Indian journal of veterinary science and animal husbandry - Volumes 18-21, 1948-1951
Year: 1948
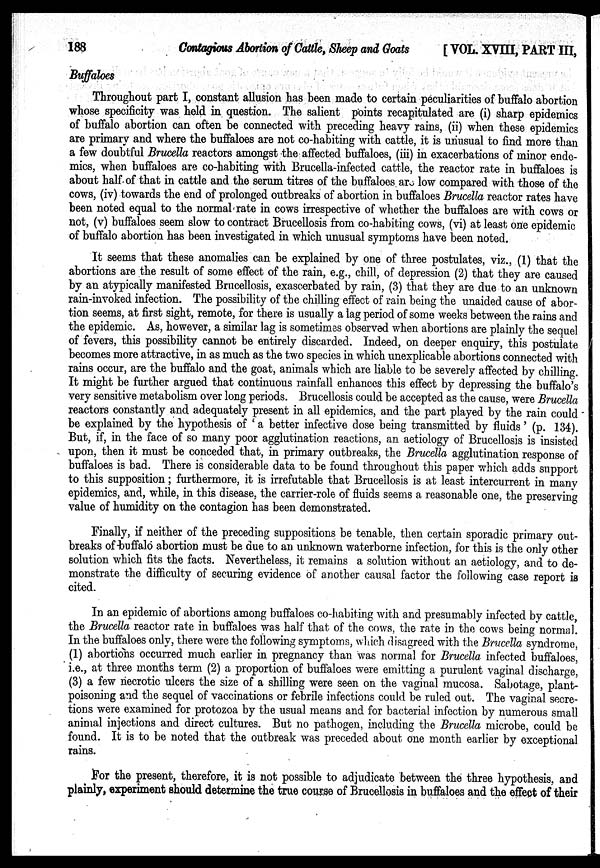
188
Contagious Abortion of Cattle, Sheep and Goats
[VOL. XVIII, PART III,
Buffaloes
Throughout part I, constant allusion has been made to certain peculiarities of buffalo abortion
whose specificity was held in question. The salient points recapitulated are (i) sharp epidemics
of buffalo abortion can often be connected with preceding heavy rains, (ii) when these epidemics
are primary and where the buffaloes are not co-habiting with cattle, it is unusual to find more than
a few doubtful Brucella reactors amongst the affected buffaloes, (iii) in exacerbations of minor ende-
mics, when buffaloes are co-habiting with Brucella-infected cattle, the reactor rate in buffaloes is
about half of that in cattle and the serum titres of the buffaloes are low compared with those of the
cows, (iv) towards the end of prolonged outbreaks of abortion in buffaloes Brucella reactor rates have
been noted equal to the normal rate in cows irrespective of whether the buffaloes are with cows or
not, (v) buffaloes seem slow to contract Brucellosis from co-habiting cows, (vi) at least one epidemic
of buffalo abortion has been investigated in which unusual symptoms have been noted.
It seems that these anomalies can be explained by one of three postulates, viz., (1) that the
abortions are the result of some effect of the rain, e.g., chill, of depression (2) that they are caused
by an atypically manifested Brucellosis, exascerbated by rain, (3) that they are due to an unknown
rain-invoked infection. The possibility of the chilling effect of rain being the unaided cause of abor-
tion seems, at first sight, remote, for there is usually a lag period of some weeks between the rains and
the epidemic. As, however, a similar lag is sometimes observed when abortions are plainly the sequel
of fevers, this possibility cannot be entirely discarded. Indeed, on deeper enquiry, this postulate
becomes more attractive, in as much as the two species in which unexplicable abortions connected with
rains occur, are the buffalo and the goat, animals which are liable to be severely affected by chilling.
It might be further argued that continuous rainfall enhances this effect by depressing the buffalo's
very sensitive metabolism over long periods. Brucellosis could be accepted as the cause, were Brucella
reactors constantly and adequately present in all epidemics, and the part played by the rain could
be explained by the hypothesis of ' a better infective dose being transmitted by fluids ' (p. 134).
But, if, in the face of so many poor agglutination reactions, an aetiology of Brucellosis is insisted
upon, then it must be conceded that, in primary outbreaks, the Brucella agglutination response of
buffaloes is bad. There is considerable data to be found throughout this paper which adds support
to this supposition ; furthermore, it is irrefutable that Brucellosis is at least intercurrent in many
epidemics, and, while, in this disease, the carrier-role of fluids seems a reasonable one, the preserving
value of humidity on the contagion has been demonstrated.
Finally, if neither of the preceding suppositions be tenable, then certain sporadic primary out-
breaks of buffalo abortion must be due to an unknown waterborne infection, for this is the only other
solution which fits the facts. Nevertheless, it remains a solution without an aetiology, and to de-
monstrate the difficulty of securing evidence of another causal factor the following case report is
cited.
In an epidemic of abortions among buffaloes co-habiting with and presumably infected by cattle,
the Brucella reactor rate in buffaloes was half that of the cows, the rate in the cows being normal.
In the buffaloes only, there were the following symptoms, which disagreed with the Brucella syndrome,
(1) abortions occurred much earlier in pregnancy than was normal for Brucella infected buffaloes,
i.e., at three months term (2) a proportion of buffaloes were emitting a purulent vaginal discharge,
(3) a few necrotic ulcers the size of a shilling were seen on the vaginal mucosa. Sabotage, plant-
poisoning and the sequel of vaccinations or febrile infections could be ruled out. The vaginal secre-
tions were examined for protozoa by the usual means and for bacterial infection by numerous small
animal injections and direct cultures. But no pathogen, including the Brucella microbe, could be
found. It is to be noted that the outbreak was preceded about one month earlier by exceptional
rains.
For the present, therefore, it is not possible to adjudicate between the three hypothesis, and
plainly, experiment should determine the true course of Brucellosis in buffaloes and the effect of their